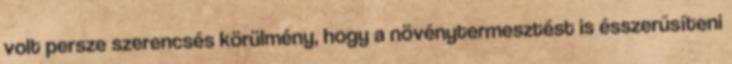
volt persze szerencsés körülmény, hogy a növénytermesztést is ésszerűsíteni